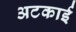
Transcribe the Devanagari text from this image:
अटकाई